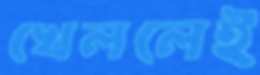
খেললেই